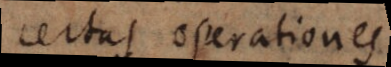
certas operationes.